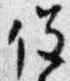
役